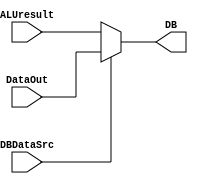
`timescale 1ns / 1ps
//////////////////////////////////////////////////////////////////////////////////
// Company: 
// Engineer: 
// 
// Design Name: 
// Module Name: mux_DB
// Project Name: 
// Target Devices: 
// Tool Versions: 
// Description: 
// 
// Dependencies: 
// 
// Revision:
// Revision 0.01 - File Created
// Additional Comments:
// 
//////////////////////////////////////////////////////////////////////////////////


module mux_DB(
    input [31:0] ALUresult,DataOut,
    input DBDataSrc,
    output [31:0] DB
    );
    assign DB = (DBDataSrc == 1)?DataOut:ALUresult;
endmodule